Report on inoculation in the plague infected areas of the Punjab and its dependencies from October 1900 to September 1901
Year: 1900
Disease focus: Plague
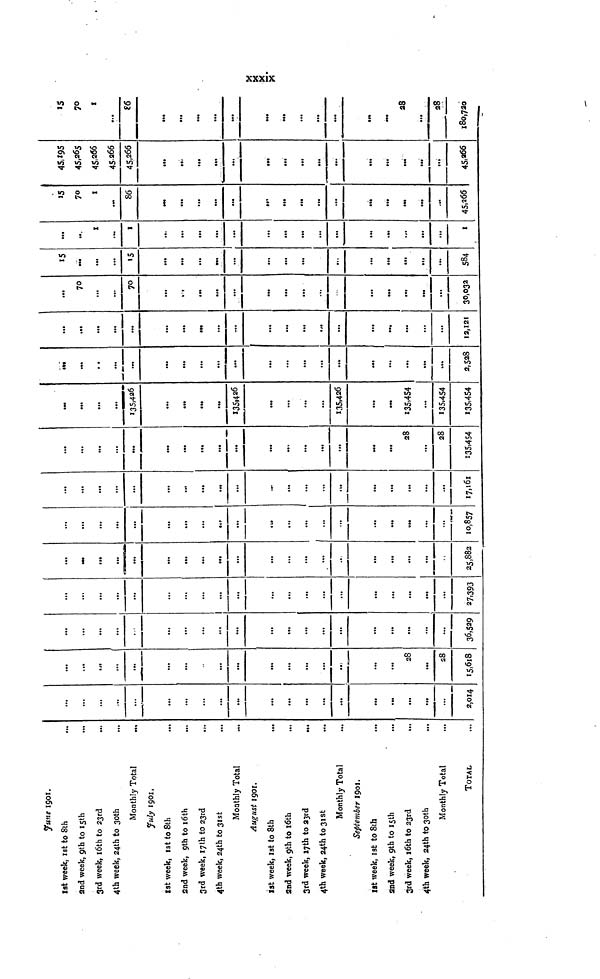
xxxix
June 1901.
1st week, 1st to 8th
2nd week, 9th to 15th
...
3rd week, 16th to 23rd
4th week, 24th to 30th
Monthly Total
July 1901,
1st week, 1st to 8th
2nd week, 9th to 16th
3rd week, 17th to 23rd
4th week, 24th to 31st
Monthly Total
August 1901.
1st week, 1st to 8th
2nd week, 9th to 16th
3rd week, 17th to 23rd
...
4th week, 24th to 31st
Monthly Total
September 1901.
1st week, 1st to 8th
and week, 9th to 15th
3rd week, 16th to 23rd
4th week, 24th to 30th
Monthly Total
TOTAL
...
...
...
...
...
...
...
...
...
...
...
...
...
...
...
...
...
...
...
2,014
...
...
...
...
...
...
...
...
...
...
...
...
...
...
28
...
28
15,618
...
.
...
...
...
...
...
...
...
...
...
...
...
...
...
...
...
...
...
36,529
...
...
...
...
...
...
...
...
...
...
...
...
...
...
...
...
...
27.393
...
...
...
...
...
...
...
...
...
...
...
...
...
...
...
...
...
25,882
...
...
...
...
...
...
...
...
...
...
...
...
...
...
...
10,857
...
...
...
...
...
...
...
...
...
...
...
...
...
...
...
...
...
...
17,161
...
...
...
...
...
...
...
...
...
...
...
...
...
...
...
...
28
...
28
135,454
...
...
...
...
135,426
...
...
...
...
135,426
...
...
...
...
135,426
...
135,454
...
135,454
135,454
...
. .
...
...
...
...
...
...
...
...
...
...
...
...
...
..
...
2,528
...
...
...
...
...
...
...
...
...
...
...
...
...
...
...
•••
...
...
...
12,121
...
70
...
...
70
...
...
...
...
30,032
15
...
...
...
15
...
...
...
...
...
...
584
...
..
1
1
...
...
...
...
...
...
...
...
1
15
70
1
86
...
...
...
...
...
...
...
45,266
45,195
45,265
45,266
45266
45,266
...
...
...
••«
...
...
...
...
...
...
...
...
...
...
45,266
15
70
1
...
86
...
...
...
...
...
...
...
...
...
...
28
...
28
180,720